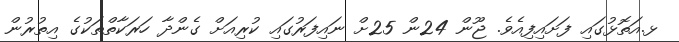
ޅ.އަތޮޅުގައި ފަށައިފިއެވެ. ޖޫން 24ން 25ށް ނައިފަރުގައި ކުރިއަށް ގެންދާ ހަރަކާތްތަކުގެ އިތުރުން